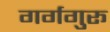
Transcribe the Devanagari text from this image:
गर्गगुरू